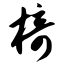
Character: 椅